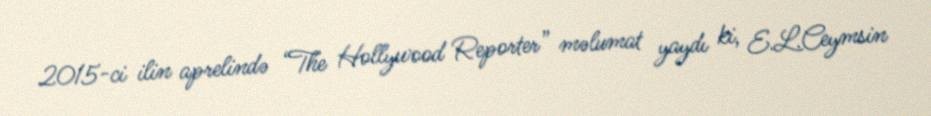
2015-ci ilin aprelində “The Hollywood Reporter” məlumat yaydı ki, E.L.Ceymsin